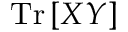
\mathrm { T r } \left[ X Y \right]